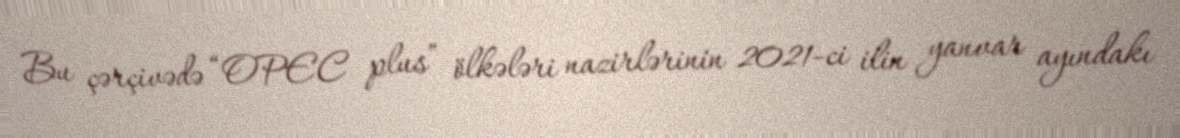
Bu çərçivədə “OPEC plus” ölkələri nazirlərinin 2021-ci ilin yanvar ayındakı